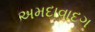
અમદાવાદગ